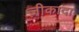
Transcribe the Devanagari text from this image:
ज़ीकादा